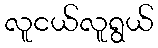
လူငယ်လူရွယ်